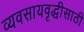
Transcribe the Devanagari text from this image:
व्यवसायवृद्धीसाठी